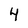
Character: 4